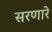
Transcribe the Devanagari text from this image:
सरणारे